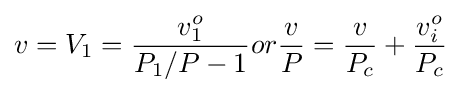
v=V_{1}={\frac {v_{1}^{o}}{P_{1}/P-1}}or{\frac {v}{P}}={\frac {v}{P_{c}}}+{\frac {v_{i}^{o}}{P_{c}}}